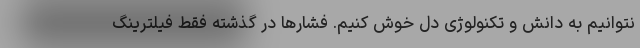
نتوانیم به دانش و تکنولوژی دل خوش کنیم. فشارها در گذشته فقط فیلترینگ